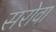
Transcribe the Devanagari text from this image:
सरोवा